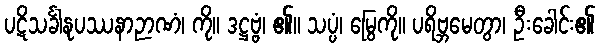
ပဋိသင်္ခါနုပဿနာဉာဏံ၊ ကို။ ဒဋ္ဌဗ္ဗံ၊ ၏။ သပ္ပံ၊ မြွေကို။ ပရိဗ္ဘမေတွာ၊ ဦးခေါင်း၏